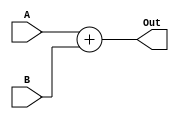
//////////////////////////////////////////////////////////////////////////////////
// Company: SIU Education 
// 
// Design Name: 17 to 18 bit
// Module Name: Adder
// Project Name: Final Project
// Target Devices: 
// Tool Versions: 
// Description: 
// 
// Dependencies: 
// 
// Revision:
// Revision 0.01 - File Created
// Additional Comments:
// 
//////////////////////////////////////////////////////////////////////////////////



module adder17_18(
input [0:16]A,
input [0:16]B,
output [0:17] Out
);

assign Out= A + B;
    
    
endmodule